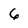
Character: 6